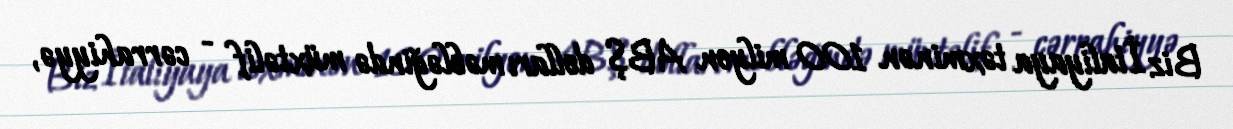
Biz İtaliyaya təxminən 100 milyon ABŞ dolları məbləğində müxtəlif - cərrahiyyə,